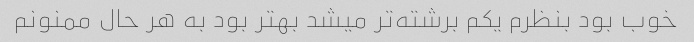
خوب بود بنظرم یکم برشته‌تر میشد بهتر بود به هر حال ممنونم